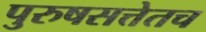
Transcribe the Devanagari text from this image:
पुरुषसत्तेतच